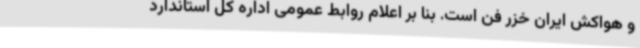
و هواکش ایران خزر فن است. بنا بر اعلام روابط عمومی اداره کل استاندارد